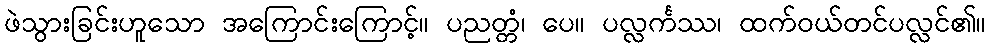
ဖဲသွားခြင်းဟူသော အကြောင်းကြောင့်။ ပညတ္တံ၊ ပေ။ ပလ္လင်္ကဿ၊ ထက်ဝယ်တင်ပလ္လင်၏။